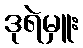
ဒုရဲမှူး